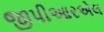
જીપીઆરએલ